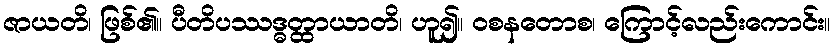
ဇာယတိ၊ ဖြစ်၏။ ပီတိပဿဒ္ဓတ္ထာယာတိ၊ ဟူ၍။ ဝစနတောစ၊ ကြောင့်လည်းကောင်း။